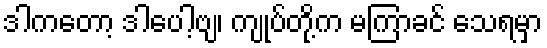
ဒါကတော့ ဒါပေါ့ဗျ၊ ကျုပ်တို့က မကြာခင် သေရမှာ